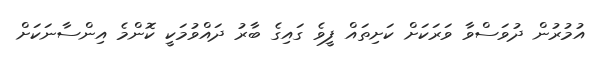
އުމުރުން ދުވަސްވާ ވަރަކަށް ކަށިތައް ފީވެ ގައިގެ ބާރު ދައްވުމަކީ ކޮންމެ އިންސާނަކަށް